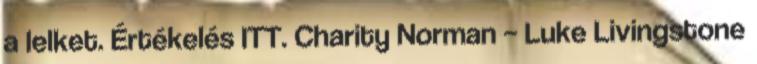
a lelket. Értékelés ITT. Charity Norman – Luke Livingstone